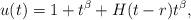
LaTeX: \begin{align*}u(t) = 1+t^\beta+H(t-r)t^\beta,\end{align*}